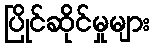
ပြိုင်ဆိုင်မှုများ